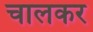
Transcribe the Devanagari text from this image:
चालकर